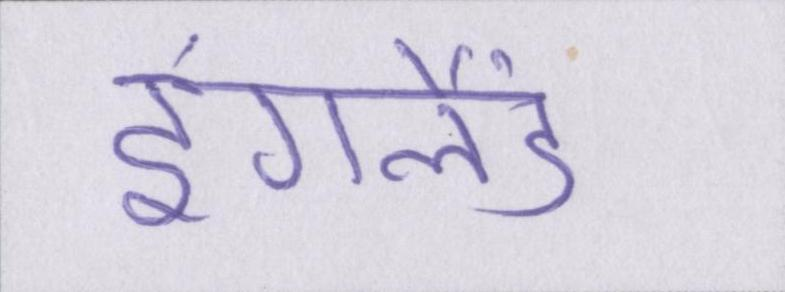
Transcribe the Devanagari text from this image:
इंगलैंड